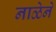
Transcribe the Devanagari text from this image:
नाळेने